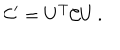
{ \cal C } ^ { \prime } = U ^ { T } { \cal C } U \, .